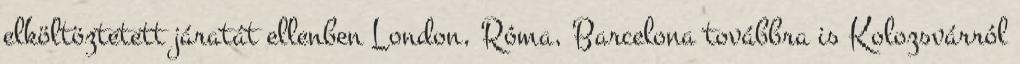
elköltöztetett járatát ellenben London, Róma, Barcelona továbbra is Kolozsvárról